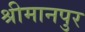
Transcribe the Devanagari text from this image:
श्रीमानपुर